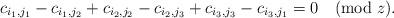
LaTeX: \begin{align*} c_{i_1,j_1}-c_{i_1,j_2}+c_{i_2,j_2}-c_{i_2,j_3}+c_{i_3,j_3}-c_{i_3,j_1}=0\quad(\mathrm{mod}\;z).\end{align*}